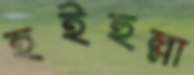
হইহুল্লা